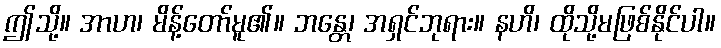
ဤသို့။ အာဟ၊ မိန့်တော်မူ၏။ ဘန္တေ၊ အရှင်ဘုရား။ နဟိ၊ ထိုသို့မဖြစ်နိုင်ပါ။